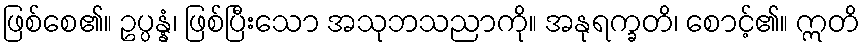
ဖြစ်စေ၏။ ဥပ္ပန္နံ၊ ဖြစ်ပြီးသော အသုဘသညာကို။ အနုရက္ခတိ၊ စောင့်၏။ ဣတိ